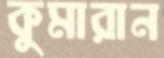
কুমারান